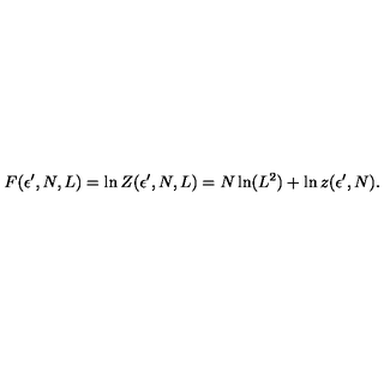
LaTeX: F ( \epsilon ^ { \prime } , N , L ) = \ln Z ( \epsilon ^ { \prime } , N , L ) = N \ln ( L ^ { 2 } ) + \ln z ( \epsilon ^ { \prime } , N ) .